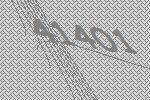
41401